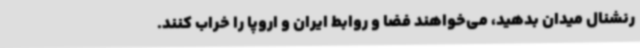
رنشنال میدان بدهید، می‌خواهند فضا و روابط ایران و اروپا را خراب کنند.